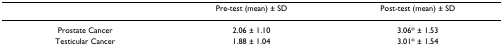
|  | Pre-test (mean) ± SD | Post-test (mean) ± SD |
 | --- | --- | --- |
 | Prostate Cancer | 2.06 ± 1.10 | 3.06* ± 1.53 |
 | Testicular Cancer | 1.88 ± 1.04 | 3.01* ± 1.54 |